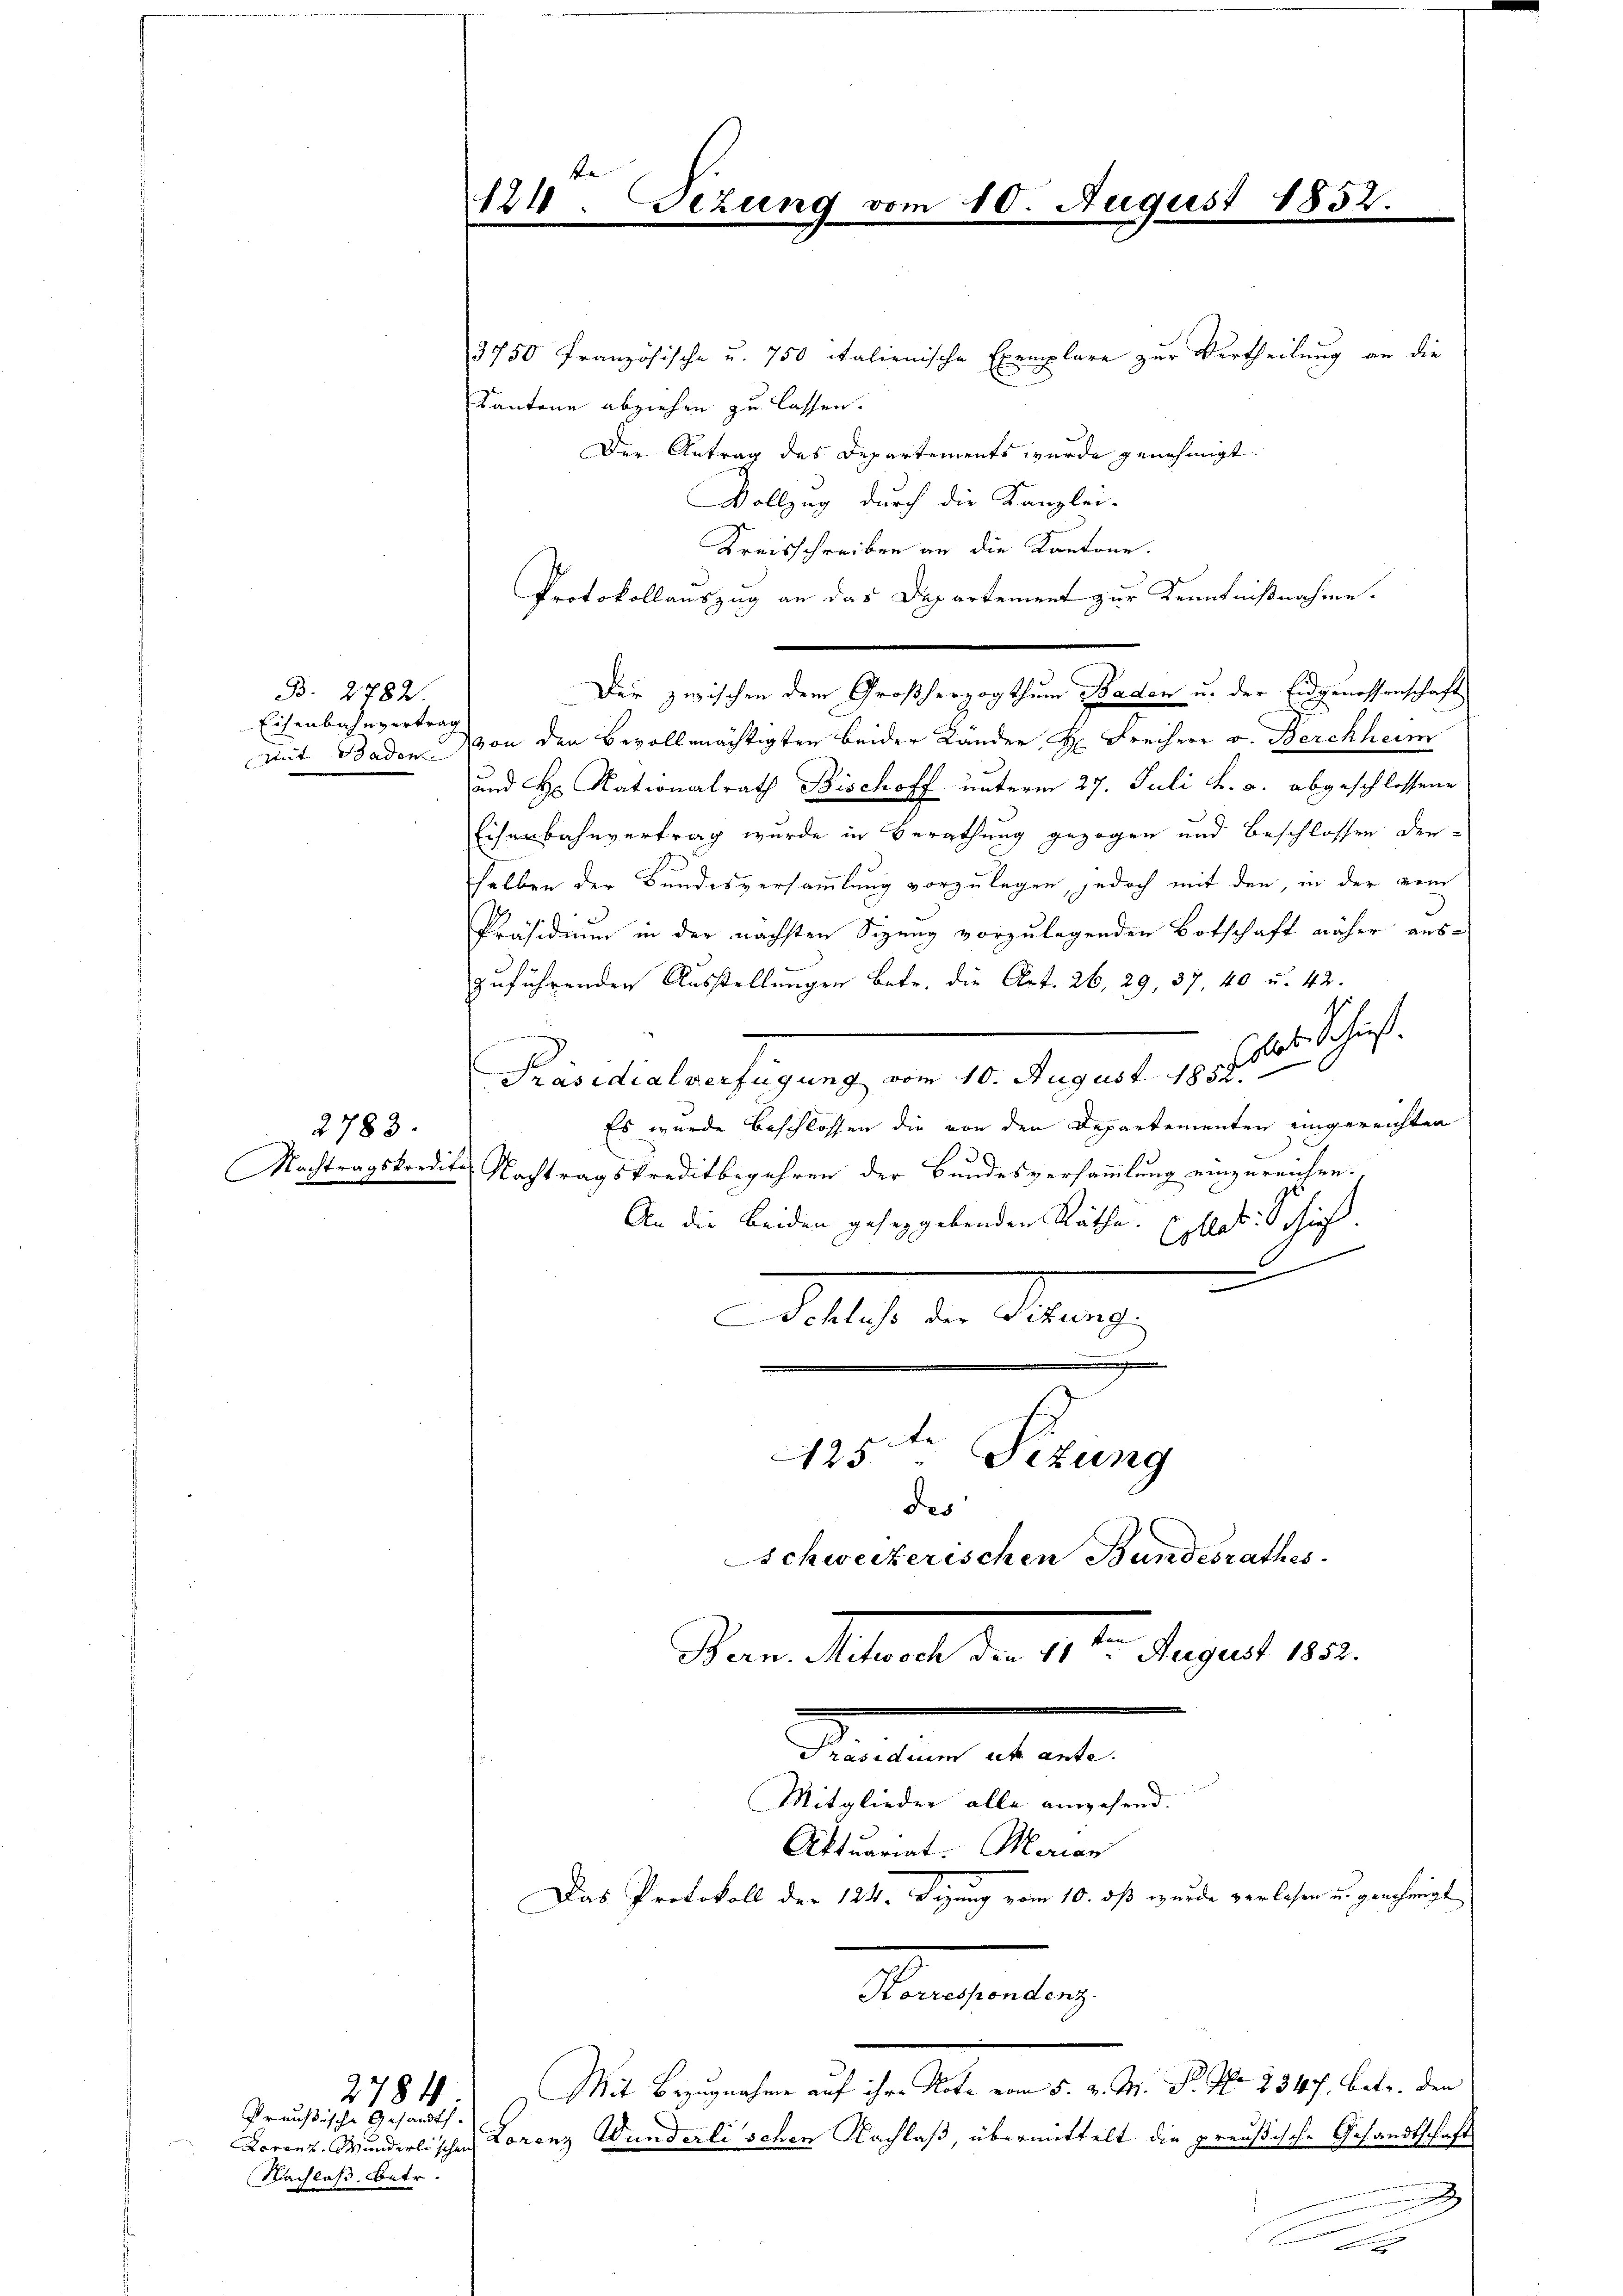
B. 2782.
Eisenbahnvertrag

3750 Französische u. 750 italienische Exemplare zur Vertheilung an die
Kantone abziehen zu lassen.
Der Antrag des Departements wurde genehmigt.
Vollzug durch die Kanzlei-
Kreisschreiben an die Kantone.
Protokollauszug an das Departement zur Kenntnißnahme.
mit Baden von den Bevollmächtigten beider Länder, Hr. Freiherr v. Berchheim
und H. Nationalrath Bischoff unterm 27. Juli v. a. abgeschlossene
Eisenbahnvertrag wurde in Berathung gezogen und Beschlossen derselben der Bundesversammlung vorzulegen, jedoch mit den, in der vom
Präsidium in der nächsten Sizung vorzulegenden Botschaft näher aus-
zuführenden Ausstellungen betr. die Art. 26, 29, 37, 40 u. 42.
x
Präsidialverfügung vom 10. August 18. 7. d. Schies.
Es wurde beschlossen die von den Departementen eingereichten
Nachtragskredit. Nachtragskreditbegehren der Bundesversammlung einzureichen.
An die beiden geseggebenden Räthe. Elles. Schig.
6
Jes. v. Stang
m
195te Sezung
des
Schweizerischen Bundesrathes
Seinen Streit der 1812. August 1890.
.
Präsidium ut ante.
Mitglieder alle anwesend.
Aktuariat. Marian
Das Protokoll der 124. Dezung vom 10. dß wurde verlesen u. genehmigt
Konsendung
Mit Bezugnahme auf ihre Note vom 5. v. M. P. Nr. 284 f. betr. den
2784
Preußische Gesandts
Lorenz. Wunderlischen Lorenz Wunderli schen Nachlaß, übermittelt die preußische Gesandtschaft
Nachlaß. Betr.
e

2783.

124. Fezung vom 10. August 1852.

Der zwischen dem Großherzogthum Baden u. der Eidgenossenschaft